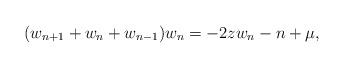
LaTeX: \begin{align*}(w_{n+1} + w_n + w_{n-1})w_n = -2zw_n - n + \mu,\end{align*}